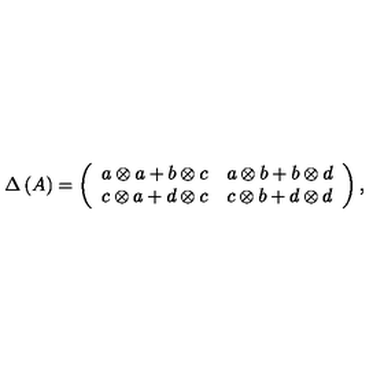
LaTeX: \Delta \left( A \right) = \left( \begin{array} { c c } { a \otimes a + b \otimes c } & { a \otimes b + b \otimes d } \\ { c \otimes a + d \otimes c } & { c \otimes b + d \otimes d } \\ \end{array} \right) ,